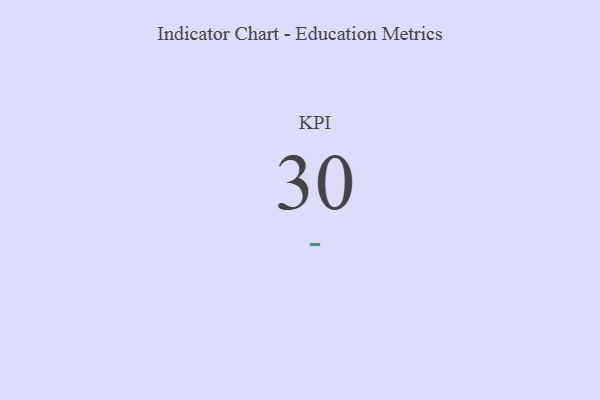
{"axis": {"x": "KPI", "y": "Value"}, "legend": [""], "data": [{"x": "KPI", "y": 30, "type": ""}]}